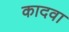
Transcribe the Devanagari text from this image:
कादवा